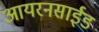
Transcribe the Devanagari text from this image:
आयरनसाईड